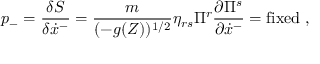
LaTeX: p _ { - } = \frac { \delta S } { \delta \dot { x } ^ { - } } = \frac { m } { ( - g ( Z ) ) ^ { 1 / 2 } } \eta _ { r s } \Pi ^ { r } \frac { \partial \Pi ^ { s } } { \partial \dot { x } ^ { - } } = \mathrm { f i x e d ~ } ,